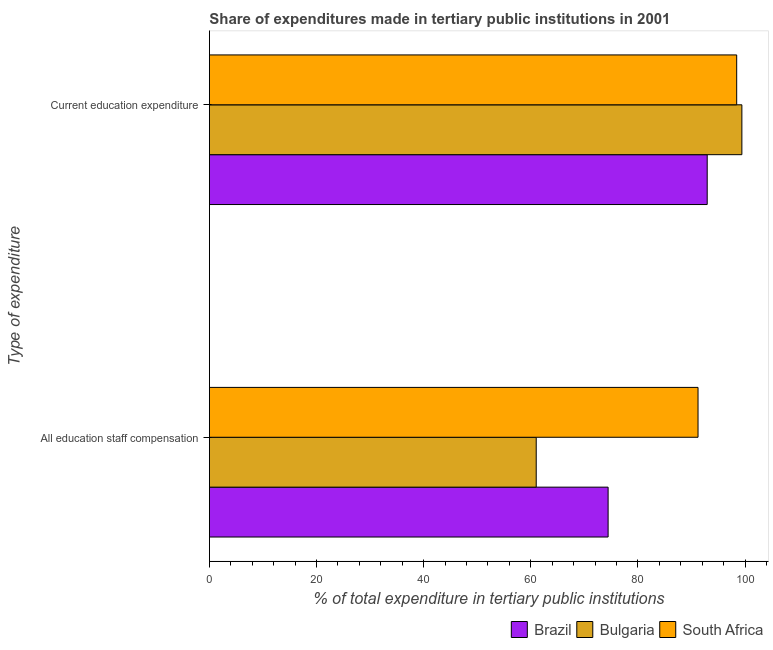
| Type of expenditure | Brazil | Bulgaria | South Africa |
 | --- | --- | --- | --- |
 | All education staff compensation | 74.4 | 61 | 91.2 |
 | Current education expenditure | 92.9 | 99.4 | 98.4 |